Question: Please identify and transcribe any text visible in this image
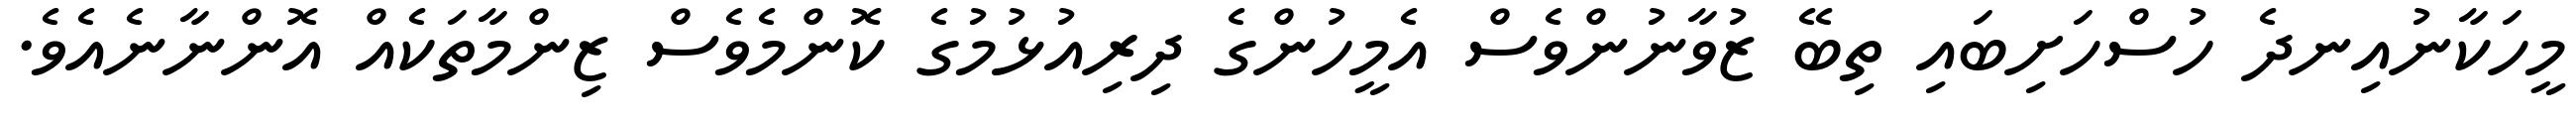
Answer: މީހަކާނުއިނދެ ހުސްހަށިބައި ތިބޭ ޒުވާނުންވެސް އެމީހުންގެ ދިރިއުޅުމުގެ ކޮންމެވެސް ޒިންމާތަކެއް އޮންނާނެއެވެ.